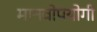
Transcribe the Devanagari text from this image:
मानवोपयोगी